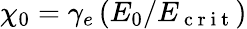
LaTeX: \chi_{0}=\gamma_{e}\left(E_{0}/E_{\mathrm{~c~r~i~t~}}\right)